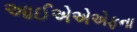
આઈએએએફના